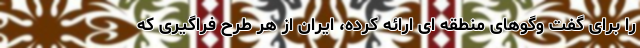
را برای گفت وگوهای منطقه ای ارائه کرده، ایران از هر طرح فراگیری که